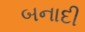
બનાદી